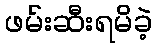
ဖမ်းဆီးရမိခဲ့